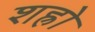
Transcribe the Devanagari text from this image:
शह्रो